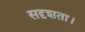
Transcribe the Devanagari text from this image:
सदृशता।